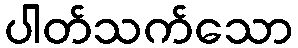
ပါတ်သက်သော